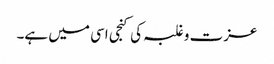
عزت و غلبہ کی کنجی اسی میں ہے۔